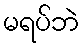
မရပ်ဘဲ